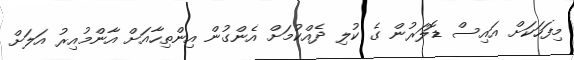
މިފަހަކަށް އައިސް ޑޮލަރުން ގެ ކުލި ދެއްކުމަށް އެންގުން އިންތިހާއަށް އާންމުއިރު އަލަށް